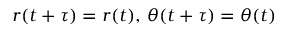
r ( t + \tau ) = r ( t ) , \, \theta ( t + \tau ) = \theta ( t )